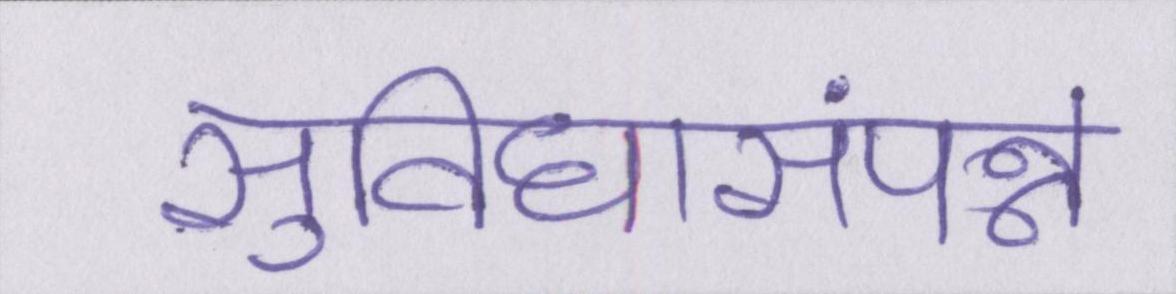
सुविधासंपन्न